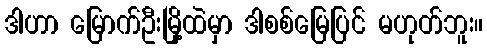
ဒါဟာ မြောက်ဦးမြို့ထဲမှာ ဒါစစ်မြေပြင် မဟုတ်ဘူး။